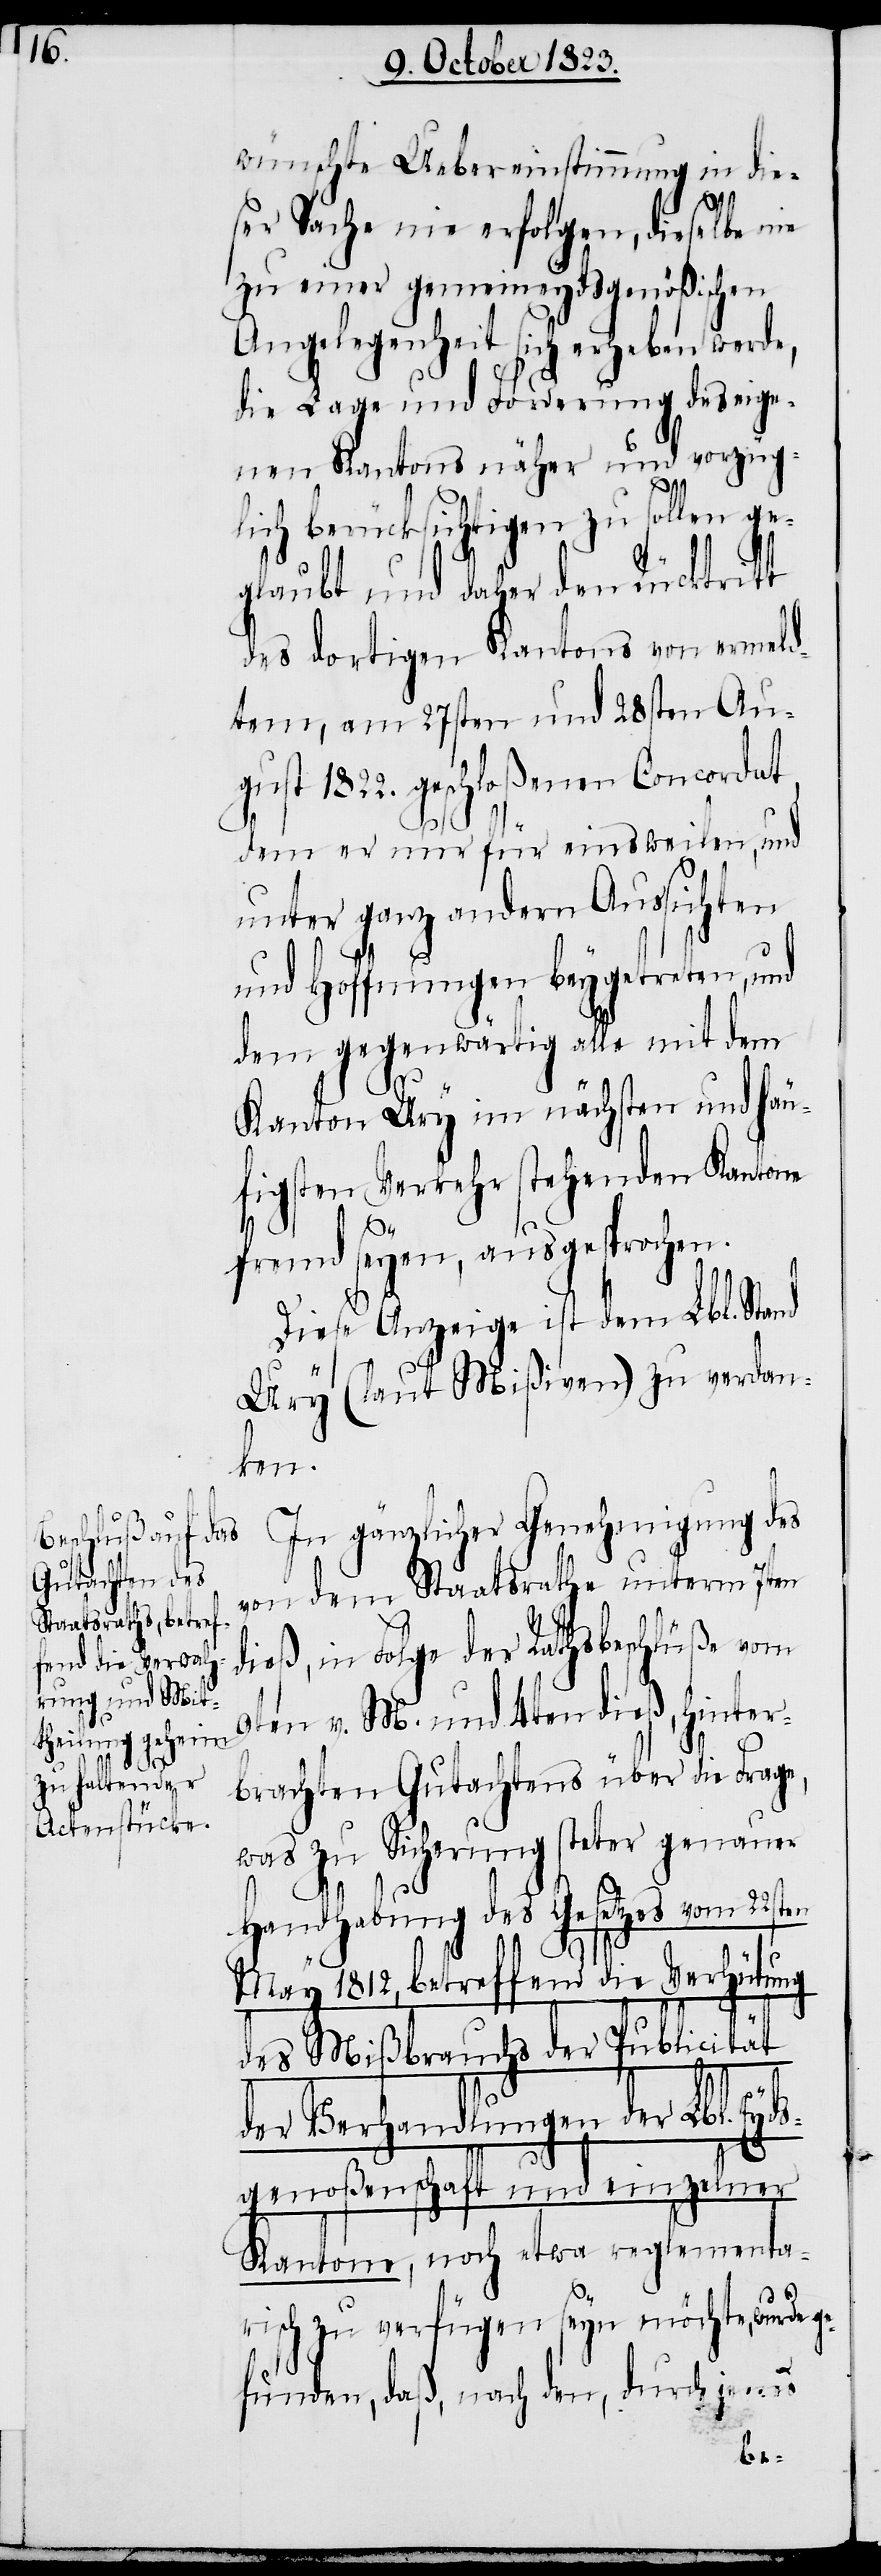
wünschte Uebereinstimmung in die¬
ser Sache nie erfolgen, dieselbe nie
zu einer gemeineydsgenößischen
Angelegenheit sich erheben werde,
die Lage und Forderung des eige¬
nen Kantons näher und vorzüg¬
ds¬
lich berücksichtigen zu sollen ge¬
glaubt und daher den Rücktritt
des dortigen Kantons von ermeld¬
tem, am 27sten und 28sten Au¬
gust 1822. geschloßenen Concordat,
dem er nur für einsweilen, und
unter ganz andern Aussichten
und Hoffnungen beygetreten, und
dem gegenwärtig alle mit dem
Kanton Ury im nächsten und häu¬
figsten Verkehr stehenden Kantone
fremd seyen, ausgesprochen.
Diese Anzeige ist dem Lbl. Stand
Ury (laut Mißiven) zu verdan¬
ten
In gänzlicher Genehmigung des
von dem Staatsrathe unterm 7ten
dieß, in Folge der Rathsbeschlüße vom
9ten v. M. und 4ten dieß, hinter¬
brachten Gutachtens über die Frage,
was zu Sicherung steter genauer
Handhabung des Gesetzes vom 22s¬
May 1812, betreffend die Verhütung
des Mißbrauchs der Publicität
der Verhandlungen der Lbl. Ey¬
genoßenschaft und einzelner
Kantone, noch etwa reglementa¬
risch zu verfügen seyn möchte, wurde
funden, daß, nach den, durch jenes
ge¬